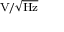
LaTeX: \scriptstyle \mathrm { V } / { \sqrt { \mathrm { H z } } }